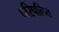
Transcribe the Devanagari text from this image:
परिपलित